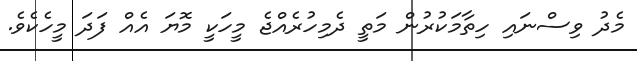
މެދު ވިސްނައި ހިތާމަކުރުން މަތީ ދެމިހުރެއްޖެ މީހަކީ މޮޔަ އެއް ފަދަ މީހެކެވެ.